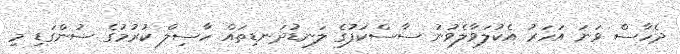
ދެހާސް ވަނަ އަހަރު އެކުލަވާލެވުނު ސާސްކަފުގެ ލަނޑުދަނޑިތައް ހާސިލް ކުރުމުގެ ސުންގަޑި މި